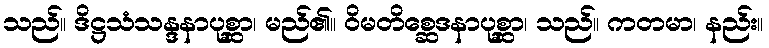
သည်။ ဒိဋ္ဌသံသန္ဒနာပုစ္ဆာ၊ မည်၏။ ဝိမတိစ္ဆေဒနာပုစ္ဆာ၊ သည်။ ကတမာ၊ နည်း။